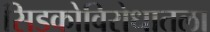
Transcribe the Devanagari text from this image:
सिडकोविरोधातला